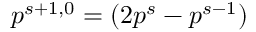
p ^ { s + 1 , 0 } = ( 2 p ^ { s } - p ^ { s - 1 } )